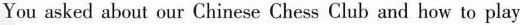
You asked about our Chinese Chess Club and how to play